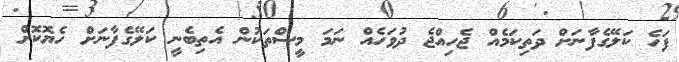
ފަހެ ކަލޭގެފާނަށް ދަތިކަމެއް ޖެހިއްޖެ ދުވަހެއް ނަމަ މީސްތަކުން އެތިބެނީ ކަލޭގެފާނަށް ހެޔޮކޮށް